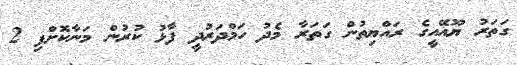
ގަތަރު ޔޫއޭއީގެ ރައްޔިތުން ގަތަރާ މެދު ހަމްދަރުދީ ފާޅު ކުރުން މަނާކޮށްފި 2